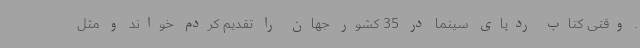
. وقتی کتاب ردپای سینما در 35 کشور جهان را تقدیم کردم خواند و مثل